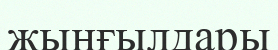
жыңғылдары